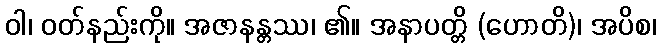
ဝါ၊ ဝတ်နည်းကို။ အဇာနန္တဿ၊ ၏။ အနာပတ္တိ (ဟောတိ)၊ အပိစ၊